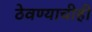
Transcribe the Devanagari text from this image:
ठेवण्याचीही